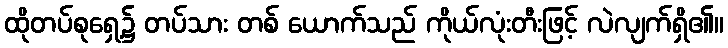
ထိုတပ်စုရှေ့၌ တပ်သား တစ် ယောက်သည် ကိုယ်လုံးတီးဖြင့် လဲလျက်ရှိ၏။